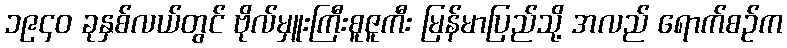
၁၉၄၀ ခုနှစ်လယ်တွင် ဗိုလ်မှူးကြီးစူဇူကီး မြန်မာပြည်သို့ အလည် ရောက်စဉ်က